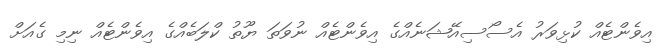
އިވެންޓެއް ކުޅިވަރު އެސޯސިއޭޝަނެއްގެ އިވެންޓެއް ނުވަތަ ޔޫތު ކްލަބެއްގެ އިވެންޓެއް ނިމި ގެއަށް